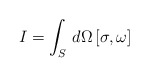
\begin{align*}I = \int_{S} \, d\Omega \, [\sigma,\omega]\end{align*}